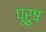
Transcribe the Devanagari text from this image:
पूरुष